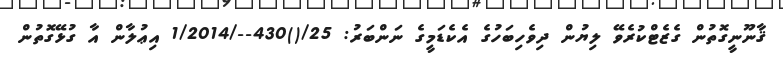
ޤާނޫނީގޮތުން ގެޒެޓްކުރެވޭ ލިޔުން ދިވެހިބަހުގެ އެކެޑަމީގެ ނަންބަރު: 25/()430--/1/2014 އިޢުލާން އާ ގުޅޭގޮތުން